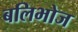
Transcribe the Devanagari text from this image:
बलिभोज